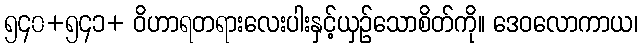
၅၄၀+၅၄၁+ ဝိဟာရတရားလေးပါးနှင့်ယှဉ်သောစိတ်ကို။ ဒေဝလောကာယ၊